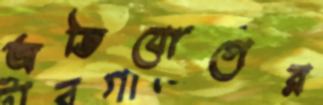
অভিযোগের